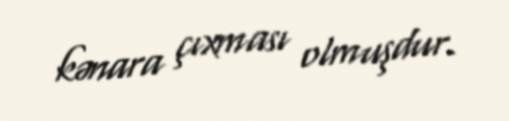
kənara çıxması olmuşdur.